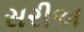
સરીઅ